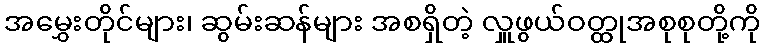
အမွှေးတိုင်များ၊ ဆွမ်းဆန်များ အစရှိတဲ့ လှူဖွယ်ဝတ္ထုအစုစုတို့ကို